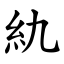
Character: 䊵